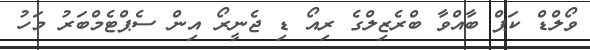
ވޯލްޑް ކަޕް ބާއްވާ ބްރެޒިލްގެ ރިއޯ ޑި ޖެނީރޯ އިން ސެޕްޓެމްބަރު މަހު